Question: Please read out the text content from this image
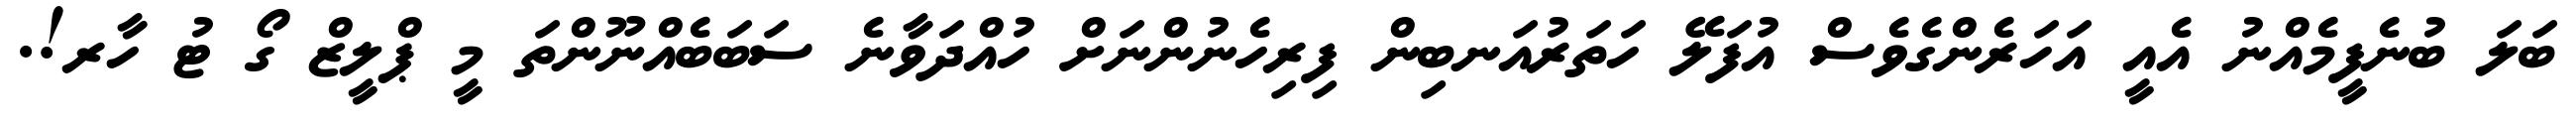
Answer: ބަލަ ބުނެފީމެއްނު އެއީ އަހަރެންގެވެސް އުފަލޭ ހަތަރުއަނބިން ފިރިހެނުންނަށް ހުއްދަވާނެ ސަބަބެއްނޫންތަ މީ ޕްލީޒް ގޯ ޓު ހާރ!.